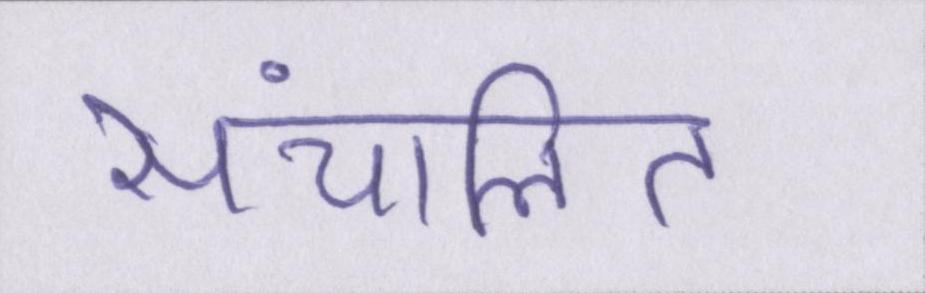
संचालित